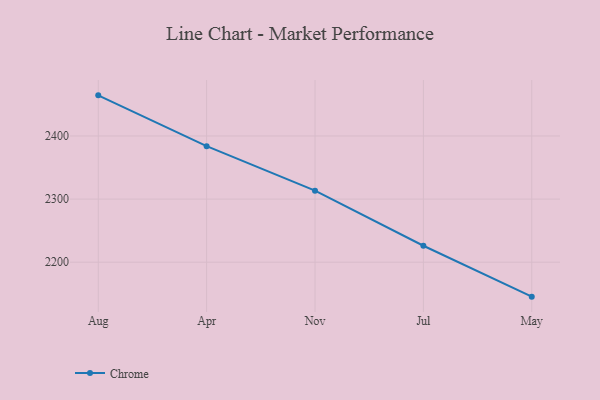
{"axis": {"x": "Month", "y": "Bounce Rate (%)"}, "legend": ["Chrome"], "data": [{"x": "Aug", "y": 2464.4, "type": "Chrome"}, {"x": "Apr", "y": 2383.9, "type": "Chrome"}, {"x": "Nov", "y": 2313.3, "type": "Chrome"}, {"x": "Jul", "y": 2226.1, "type": "Chrome"}, {"x": "May", "y": 2145.4, "type": "Chrome"}]}